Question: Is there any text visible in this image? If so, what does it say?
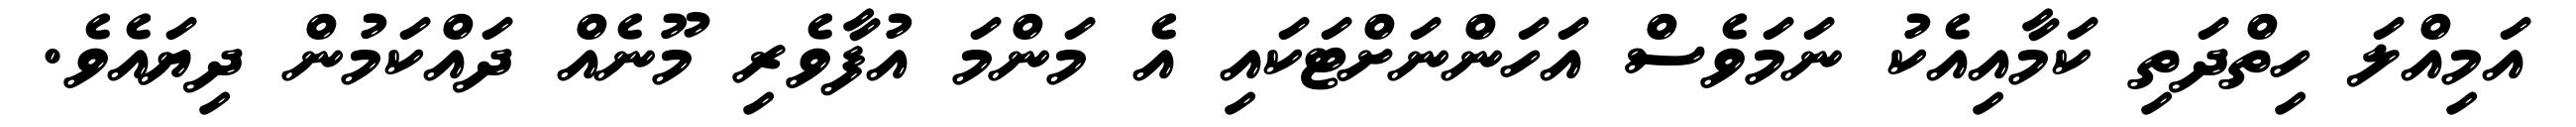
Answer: އަމިއްލަ ހިތްދަތި ކަމާއިއެކު ނަމަވެސް އަހަންނަށްޓަކައި އެ މަންމަ އުފާވެރި މޫނެއް ދައްކަމުން ދިޔައެވެ.